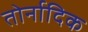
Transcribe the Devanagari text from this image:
तोर्नादिक